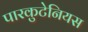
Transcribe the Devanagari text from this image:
पारकुटेनियस